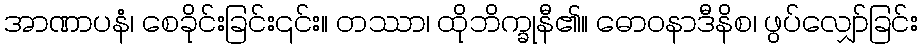
အာဏာပနံ၊ စေခိုင်းခြင်း၎င်း။ တဿာ၊ ထိုဘိက္ခုနီ၏။ ဓောဝနာဒီနိစ၊ ဖွပ်လျှော်ခြင်း